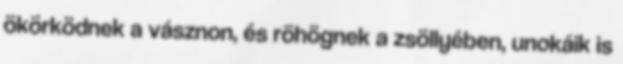
ökörködnek a vásznon, és röhögnek a zsöllyében, unokáik is